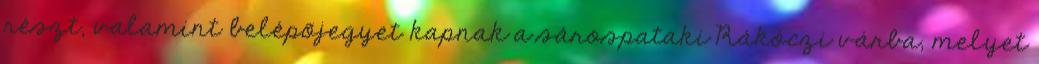
részt, valamint belépõjegyet kapnak a sárospataki Rákóczi várba, melyet